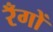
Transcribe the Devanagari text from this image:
रँगों